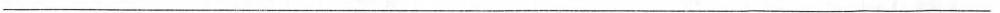
___